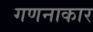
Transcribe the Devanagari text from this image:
गणनाकार